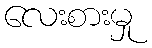
လေးစားမှု